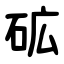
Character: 砿